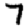
Digit: 7